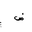
Letter: _dad